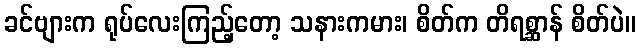
ခင်ဗျားက ရုပ်လေးကြည့်တော့ သနားကမား၊ စိတ်က တိရစ္ဆာန် စိတ်ပဲ။